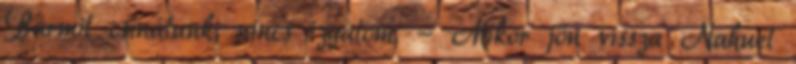
Bármit csinálunk, nincs izgalom. - Mikor jön vissza Nahuel